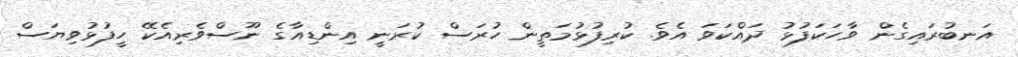
އަނބުރައިގެން ވާހަކަފުޅު ދައްކަވަ އެވެ. ކުރިފުޅުމަތީން ހުރަސް ކުރަނީ އިންޑިއާގެ ނޫސްވެރިއެކޭ ހީފުޅުވިޔަސް